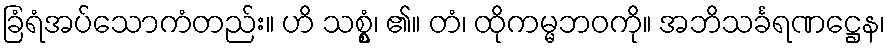
ခြံရံအပ်သောကံတည်း။ ဟိ သစ္စွံ၊ ၏။ တံ၊ ထိုကမ္မဘဝကို။ အဘိသင်္ခရဏဋ္ဌေန၊